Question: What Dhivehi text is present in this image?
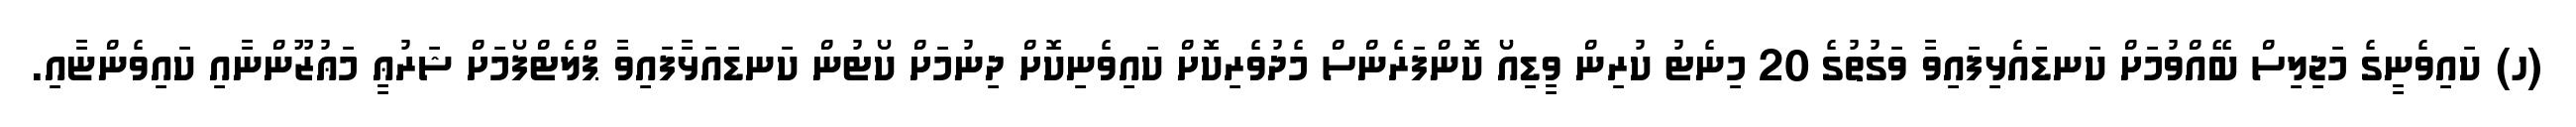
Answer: (ހ) ކައިވެނީގެ މަޖިލިސް ބޭއްވުމަށް ކަނޑައެޅިފައިވާ ވަގުތުގެ 20 މިނެޓު ކުރިން ވީޑިއޯ ކޮންފަރެންސް މެދުވެރިކޮށް ކައިވެނިކޮށް ދިނުމަށް ކޯޓުން ކަނޑައަޅާފައިވާ ޕްލެޓްފޯމަށް ޝަރުޢީ މަޢުޒޫންނާއި ކައިވެންޏާއި.